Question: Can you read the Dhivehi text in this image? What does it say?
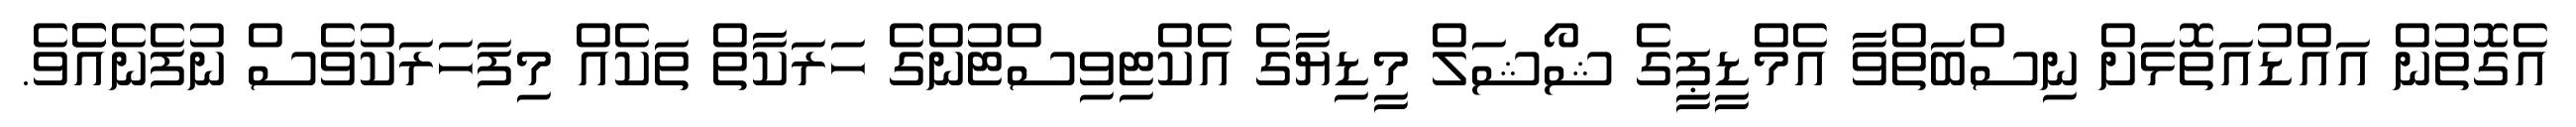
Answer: އެގޮތުން އައްޑުއަތޮޅަށް ނިސްބަތްވާ އެމްޑީޕީގެ ޝޯޝަލް މީޑިޔާގެ އެކްޓިވިސްޓުންގެ ހަރަކާތް ތަކެއް މިފަހަރަކުވެސް ނުފެނެއެެވެ.